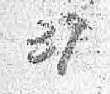
37